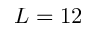
L = 1 2